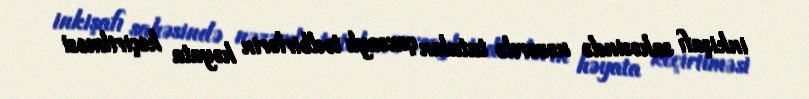
inkişafı sahəsində nəzərdə tutulan çoxsaylı tədbirlərin həyata keçirilməsi